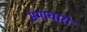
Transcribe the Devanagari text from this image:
समाचारो